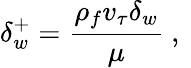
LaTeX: \delta_{w}^{+}=\frac{\rho_{f}v_{\tau}\delta_{w}}{\mu}\mathrm{~,~}